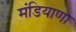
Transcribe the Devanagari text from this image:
मंडियाणा